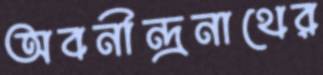
অবনীন্দ্রনাথের